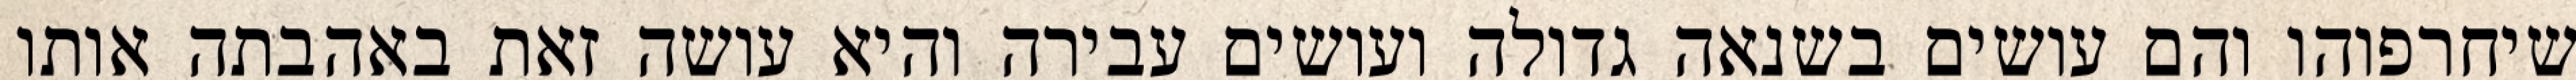
שיחרפוהו והם עושים בשנאה גדולה ועושים עבירה והיא עושה זאת באהבתה אותו